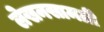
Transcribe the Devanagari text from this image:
लेखनसामग्री